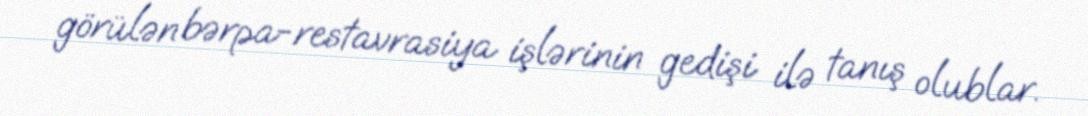
görülən bərpa-restavrasiya işlərinin gedişi ilə tanış olublar.